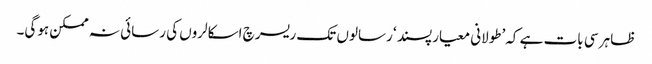
ظاہر سی بات ہے کہ’طولانی معیارپسند ‘ رسالوں تک ریسرچ اسکالروں کی رسائی نہ ممکن ہوگی۔